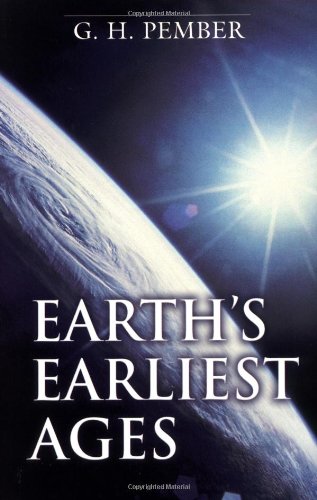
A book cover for Earth's Earliest Ages; G. H. Pember; Religion & Spirituality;